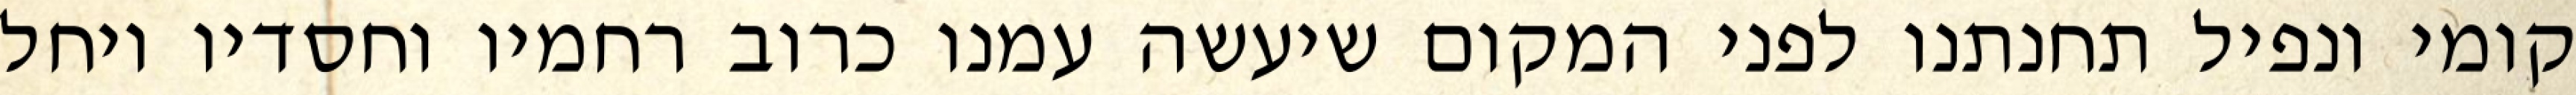
קומי ונפיל תחנתנו לפני המקום שיעשה עמנו כרוב רחמיו וחסדיו ויחל